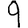
Digit: 9